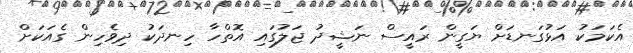
އެކަމަކު އަޅުގަނޑަށް ޔަގީން ރައީސް ނަޝީދު ޖަލުގައި އޮތްހާ ހިނދަކު ދިވެހިން ގެއަކަށް